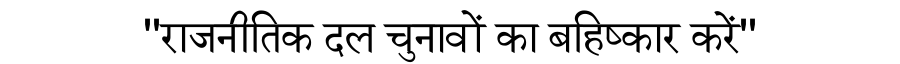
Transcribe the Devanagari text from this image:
''राजनीतिक दल चुनावों का बहिष्कार करें''